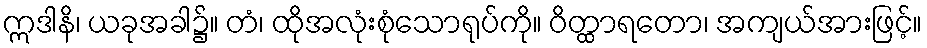
ဣဒါနိ၊ ယခုအခါ၌။ တံ၊ ထိုအလုံးစုံသောရုပ်ကို။ ဝိတ္ထာရတော၊ အကျယ်အားဖြင့်။